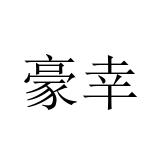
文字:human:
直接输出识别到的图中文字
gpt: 豪幸